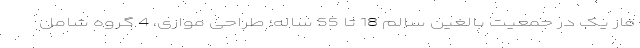
فاز یک در جمعیت بالغین سالم 18 تا 55 ساله؛ طراحی موازی، 4 گروه شامل